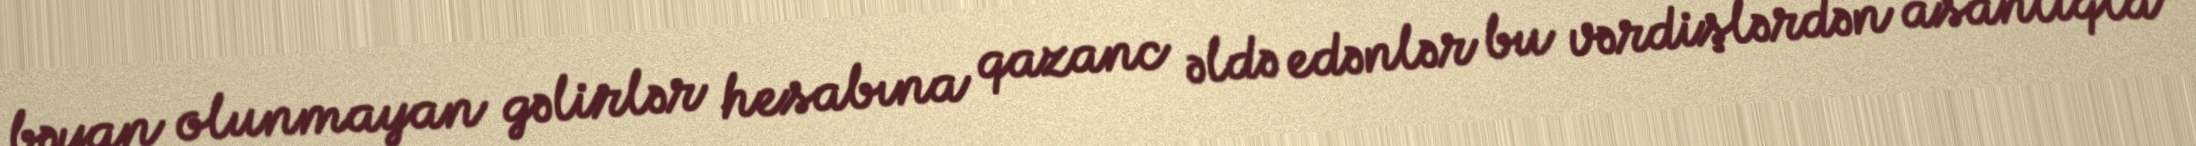
bəyan olunmayan gəlirlər hesabına qazanc əldə edənlər bu vərdişlərdən asanlıqla